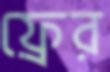
ফ্রের